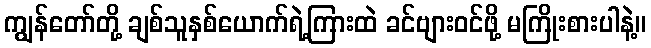
ကျွန်တော်တို့ ချစ်သူနှစ်ယောက်ရဲ့ကြားထဲ ခင်ဗျားဝင်ဖို့ မကြိုးစားပါနဲ့။